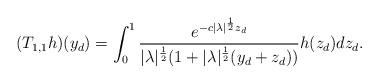
LaTeX: \begin{align*}(T_{1,1} h )(y_d) = \int_0^1 \frac{e^{-c |\lambda|^\frac12 z_d}}{|\lambda|^\frac12(1+|\lambda|^\frac12 (y_d+z_d))} h (z_d) d z_d.\end{align*}